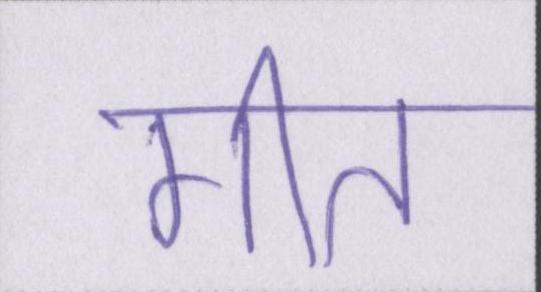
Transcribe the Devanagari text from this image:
गीत